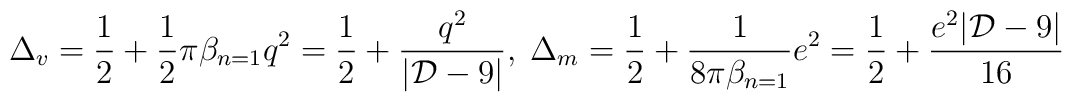
\Delta_v = {1 \over 2} + {1 \over 2} \pi \beta_{n=1} q^2 = {1 \over 2} +{q^2 \over |{\cal D}-9|}, \;\; \\\Delta_m = {1 \over 2} + {1 \over 8 \pi \beta_{n=1}} e^2 = {1 \over 2} +{e^2 |{\cal D}-9| \over 16}